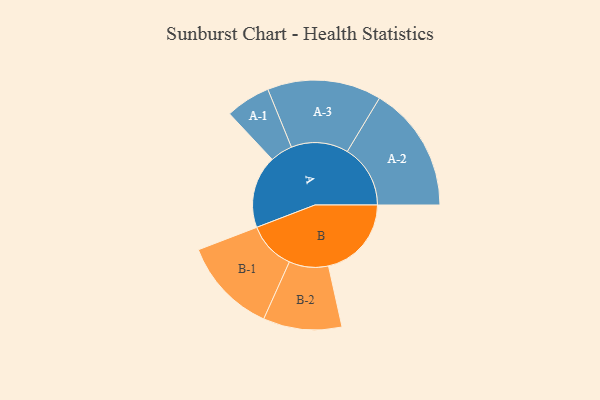
{"axis": {"x": "Segment", "y": "Value"}, "legend": ["", "A", "B"], "data": [{"x": "A", "y": 336, "type": ""}, {"x": "B", "y": 384, "type": ""}, {"x": "A-1", "y": 104, "type": "A"}, {"x": "A-2", "y": 292, "type": "A"}, {"x": "A-3", "y": 264, "type": "A"}, {"x": "B-1", "y": 222, "type": "B"}, {"x": "B-2", "y": 182, "type": "B"}]}